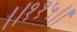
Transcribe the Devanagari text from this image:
।।११५।।